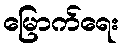
မြောက်ရေး